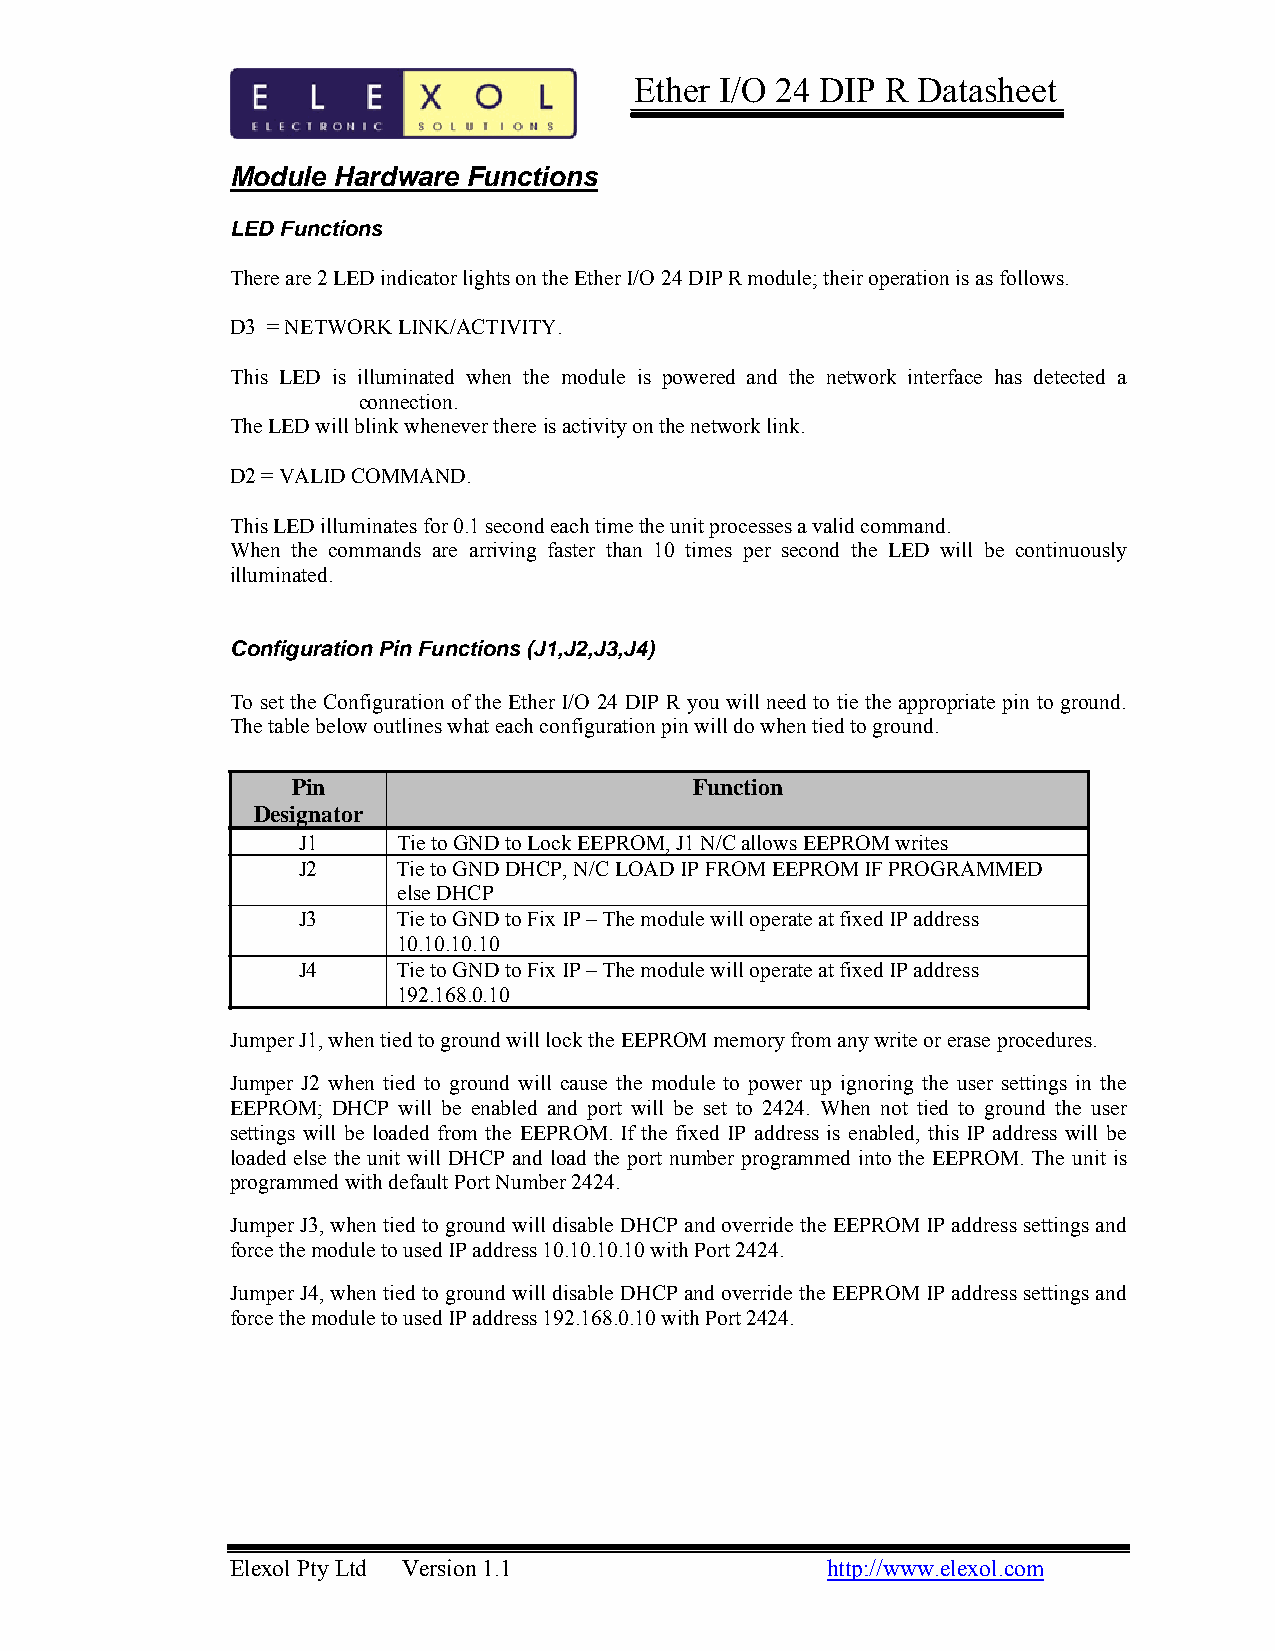
Ether I/O 24 DIP R Datasheet
 Module Hardware Functions
 LED Functions
 There are 2 LED indicator lights on the Ether I/O 24 DIP R module; their operation is as follows.
 D3 = NETWORK LINK/ACTIVITY.
 This LED is illuminated when the module is powered and the network interface has detected a
 connection.
 The LED will blink whenever there is activity on the network link.
 D2 = VALID COMMAND.
 This LED illuminates for 0.1 second each time the unit processes a valid command.
 When the commands are arriving faster than 10 times per second the LED will be continuously
 illuminated.
 Configuration Pin Functions (J1,J2,J3,J4)
 To set the Configuration of the Ether I/O 24 DIP R you will need to tie the appropriate pin to ground.
 The table below outlines what each configuration pin will do when tied to ground.
 Pin                        Function
 Designator
 J1    Tie to GND to Lock EEPROM, J1 N/C allows EEPROM writes
 J2    Tie to GND DHCP, N/C LOAD IP FROM EEPROM IF PROGRAMMED
 else DHCP
 J3    Tie to GND to Fix IP – The module will operate at fixed IP address
 10.10.10.10
 J4    Tie to GND to Fix IP – The module will operate at fixed IP address
 192.168.0.10
 Jumper J1, when tied to ground will lock the EEPROM memory from any write or erase procedures.
 Jumper J2 when tied to ground will cause the module to power up ignoring the user settings in the
 EEPROM; DHCP will be enabled and port will be set to 2424. When not tied to ground the user
 settings will be loaded from the EEPROM. If the fixed IP address is enabled, this IP address will be
 loaded else the unit will DHCP and load the port number programmed into the EEPROM. The unit is
 programmed with default Port Number 2424.
 Jumper J3, when tied to ground will disable DHCP and override the EEPROM IP address settings and
 force the module to used IP address 10.10.10.10 with Port 2424.
 Jumper J4, when tied to ground will disable DHCP and override the EEPROM IP address settings and
 force the module to used IP address 192.168.0.10 with Port 2424.
 Elexol Pty Ltd Version 1.1              http://www.elexol.com